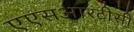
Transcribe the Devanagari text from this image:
एएसआरटीसी